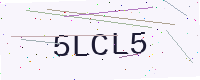
Text: 5LCL5